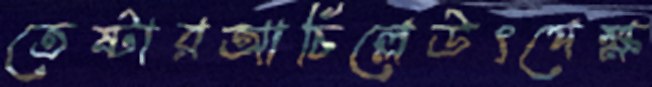
তেষ্টারআচিল্লেউৎপেক্ষ